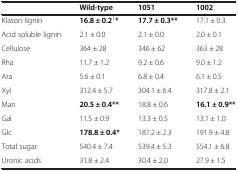
<table><thead><tr><td><b> </b></td><td><b>Wild-type</b></td><td><b>1051</b></td><td><b>1002</b></td></tr></thead><tbody><tr><td>Klason lignin</td><td><b>16.8 ± 0.2</b><sup>1</sup><b>*</b></td><td><b>17.7 ± 0.3**</b></td><td>17.1 ± 0.3</td></tr><tr><td>Acid soluble lignin</td><td>2.1 ± 0.0</td><td>2.1 ± 0.0</td><td>2.0 ± 0.1</td></tr><tr><td>Cellulose</td><td>364 ± 28</td><td>346 ± 62</td><td>363 ± 28</td></tr><tr><td>Rha</td><td>11.7 ± 1.2</td><td>9.2 ± 0.6</td><td>9.0 ± 1.2</td></tr><tr><td>Ara</td><td>5.6 ± 0.1</td><td>6.8 ± 0.4</td><td>6.1 ± 0.5</td></tr><tr><td>Xyl</td><td>312.4 ± 5.7</td><td>304.1 ± 6.4</td><td>317.8 ± 2.1</td></tr><tr><td>Man</td><td><b>20.5 ± 0.4**</b></td><td>18.8 ± 0.6</td><td><b>16.1 ± 0.9**</b></td></tr><tr><td>Gal</td><td>11.5 ± 0.9</td><td>13.3 ± 0.5</td><td>13.1 ± 1.0</td></tr><tr><td>Glc</td><td><b>178.8 ± 0.4*</b></td><td>187.2 ± 2.3</td><td>191.9 ± 4.8</td></tr><tr><td>Total sugar</td><td>540.4 ± 7.4</td><td>539.4 ± 5.3</td><td>554.1 ± 6.8</td></tr><tr><td>Uronic acids</td><td>31.8 ± 2.4</td><td>30.4 ± 2.0</td><td>27.9 ± 1.5</td></tr></tbody></table>